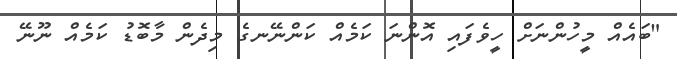
"ބައެއް މީހުންނަށް ހީވެފައި އޮންނަ ކަމެއް ކަންނޭނގެ މިދެން މާބޮޑު ކަމެއް ނޫނޭ